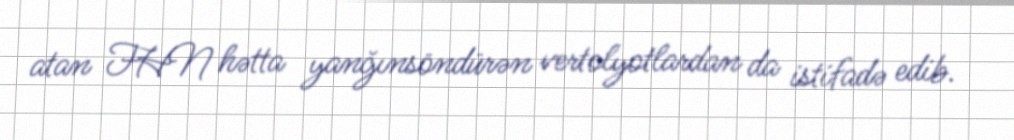
atan FHN hətta yanğınsöndürən vertolyotlardan da istifadə edib.